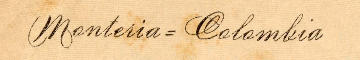
Monteria = Colombia